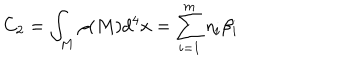
C _ { 2 } = \int _ { M } \rho ( M ) d ^ { 4 } x = \sum _ { i = 1 } ^ { m } \eta _ { i } \beta _ { i }